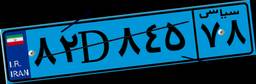
۸۱D۳۲۴۲۹